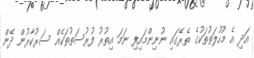
އަދި އެ މުހުލަތުތަކުގެ ތެރޭގައި ނުނިންމައިފި ނަމަ އިތުރު ފުރުސަތުތަކެއް ސަރުކާރުން ދޭން